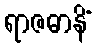
ရာဇဓာနိံ